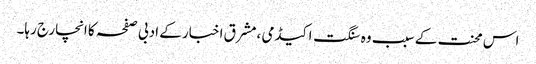
اس محنت کے سبب وہ سنگت اکیڈمی ،مشرق اخبار کے ادبی صفحہ کا انچارج رہا۔